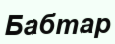
Бабтар